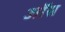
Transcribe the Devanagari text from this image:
ऑस